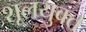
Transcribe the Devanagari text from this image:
शूलयुक्त